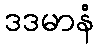
ဒဒမာနံ